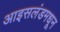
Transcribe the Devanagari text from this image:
आइसलंडमधून